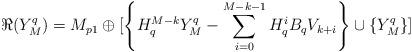
LaTeX: \begin{align*}\Re(Y^q_M)=M_{p1}\oplus[\left\{H_q^{M-k}Y^q_M-\sum^{M-k-1}_{i=0}H^i_qB_qV_{k+i}\right\}\cup\left\{Y^q_M\right\}]\end{align*}